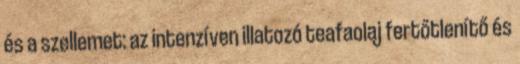
és a szellemet: az intenzíven illatozó teafaolaj fertőtlenítő és